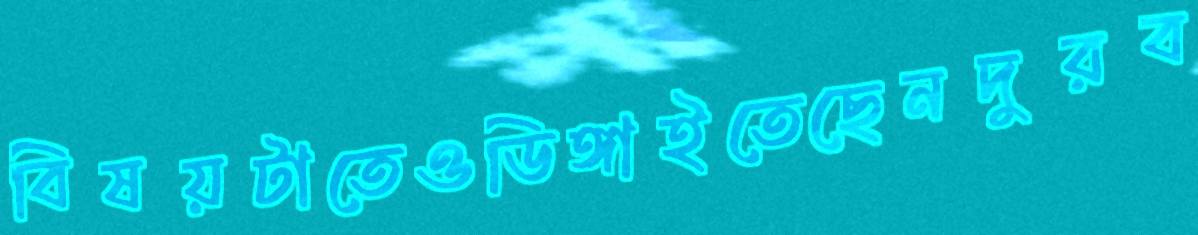
বিষয়টাতেওডিঙ্গাইতেছেনদুরব